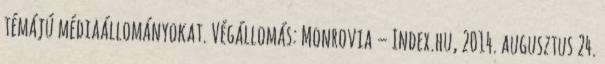
témájú médiaállományokat. Végállomás: Monrovia – Index.hu, 2014. augusztus 24.